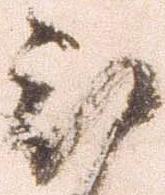
被